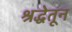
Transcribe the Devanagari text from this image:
श्रद्धेतून